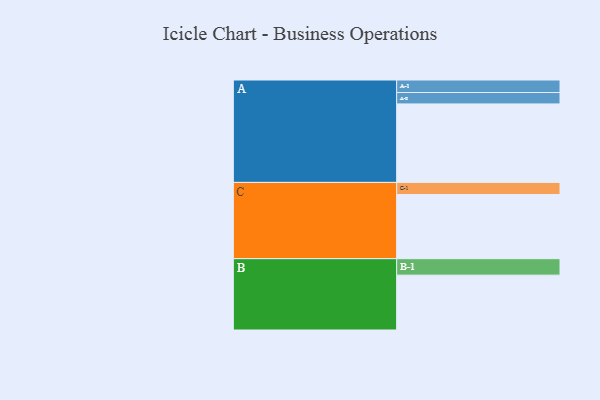
{"axis": {"x": "Segment", "y": "Value"}, "legend": ["", "A", "B", "C"], "data": [{"x": "A", "y": 558, "type": ""}, {"x": "B", "y": 390, "type": ""}, {"x": "C", "y": 456, "type": ""}, {"x": "A-1", "y": 89, "type": "A"}, {"x": "A-2", "y": 81, "type": "A"}, {"x": "B-1", "y": 117, "type": "B"}, {"x": "C-1", "y": 86, "type": "C"}]}